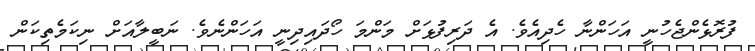
ފުރޮޅެންޖެހުނީ އަހަންނާ ހެދިއެވެ. އެ ދަރިފުޅަށް މަންމަ ހޯދައިދިނީ އަހަންނެވެ. ނަބީލާއަށް ނިކަމެތިކަން